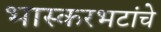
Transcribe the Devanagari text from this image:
भास्करभटांचे